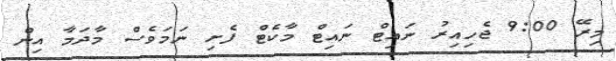
މިރޭ 9:00 ޖެހިއިރު ނައިޓް ނައިޓް މާކެޓް ފެށި ނަމަވެސް މާދަމާ އިން